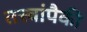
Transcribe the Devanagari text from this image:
तत्त्वांपैकी